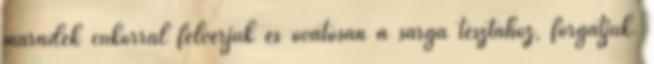
maradék cukorral felverjük és óvatosan a sárga tésztához, forgatjuk.